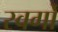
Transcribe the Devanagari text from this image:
स्वर्गो